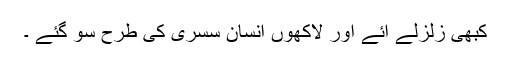
کبھی زلزلے آئے اور لاکھوں انسان سْسری کی طرح سو گئے ۔